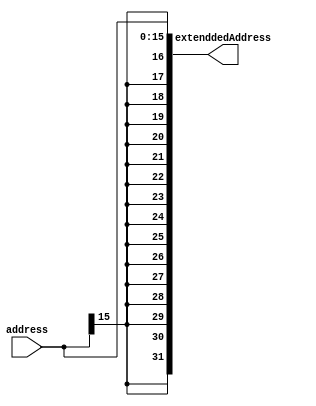
module SignExtend(
    output [31:0] extenddedAddress,
    input [15:0] address
);

assign extenddedAddress = { {16{address[15]}}, address};

endmodule // SignExtend

module SignExtendTest;

reg [15:0] in;
wire [31:0] out;

SignExtend signExtend(out, in);

initial
begin
    $monitor("input: %b, output: %b_%b", in, out[31:16], out[15:0]);

    in = 16'b1011_0101_0000_0000;

    #5
    in = 16'b0101_0101_0000_0000;


end
endmodule // SignExtendTest;